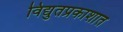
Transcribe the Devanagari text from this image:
विद्युतप्रकाशात